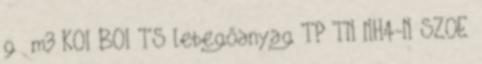
g m3 KOI BOI TS lebegőanyag TP TN NH4-N SZOE